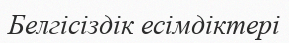
Белгісіздік есімдіктері